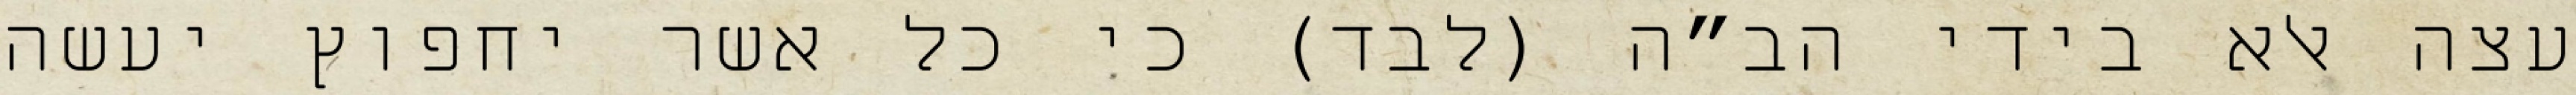
עצה אלא בידי הב”ה (לבד) כי כל אשר יחפוץ יעשה